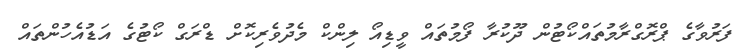
ފަރުވާގެ ޕްރޮގްރާމުތައްކޯޓުން ދޫކުރާ ފޯމުތައް ވީޑިއޯ ލިންކް މެދުވެރިކޮށް ޑްރަގް ކޯޓުގެ އަޑުއެހުންތައް